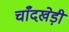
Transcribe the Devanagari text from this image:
चाँदखेड़ी